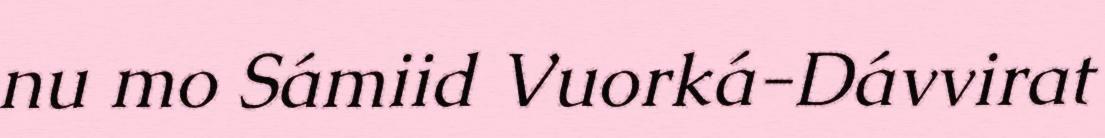
nu mo Sámiid Vuorká-Dávvirat